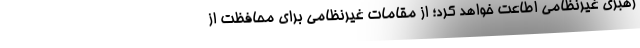
رهبریِ غیرنظامی اطاعت خواهد کرد؛ از مقامات غیرنظامی برای محافظت از